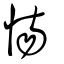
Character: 慯